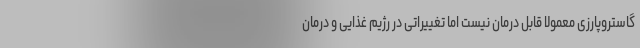
گاستروپارزی معمولا قابل درمان نیست اما تغییراتی در رژیم غذایی و درمان